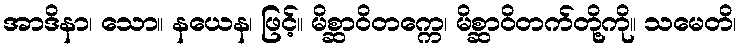
အာဒိနာ၊ သော။ နယေန၊ ဖြင့်။ မိစ္ဆာဝိတက္ကေ၊ မိစ္ဆာဝိတက်တို့ကို။ သမေတိ၊